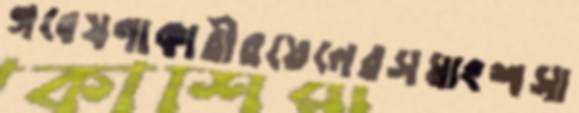
গবেষণাকারীরয়েলেরসমাংশসা